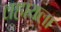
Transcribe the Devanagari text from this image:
वहायला